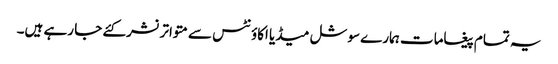
یہ تمام پیغامات ہمارے سوشل میڈیا اکاؤنٹس سے متواترنشرکئے جا رہے ہیں۔